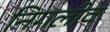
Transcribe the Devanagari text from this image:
निगलीव